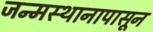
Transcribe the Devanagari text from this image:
जन्मस्थानापासून